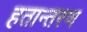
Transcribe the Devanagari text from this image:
हतान्तरण